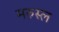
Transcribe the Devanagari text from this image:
मरुस्ल